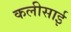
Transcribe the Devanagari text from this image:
कलीसाई